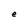
Character: e